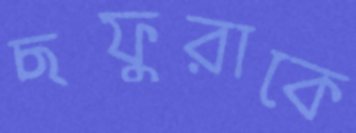
ছফুরাকে